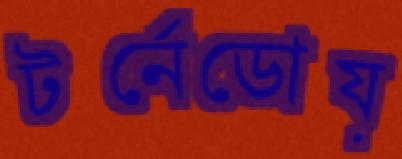
টর্নেডোয়